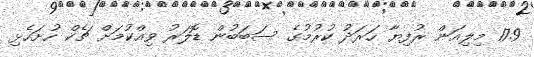
17.9 މިލިއަން ރުފިޔާ ހަރަދު ކުރުމުގެ ސަބަބުން ޑޮލަރު ވިއްކުމަށް ޗެކް ހުށަހެޅި